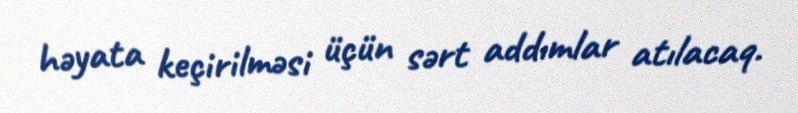
həyata keçirilməsi üçün sərt addımlar atılacaq.